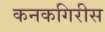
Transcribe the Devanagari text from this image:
कनकगिरीस